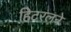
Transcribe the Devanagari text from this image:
हिटरलने